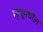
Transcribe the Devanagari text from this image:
मृत्यूमधील